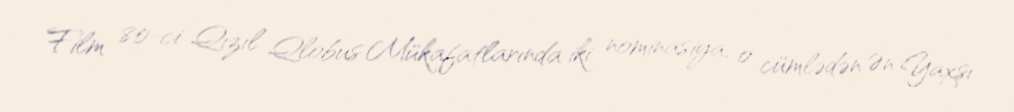
Film 80-ci Qızıl Qlobus Mükafatlarında iki nominasiya, o cümlədən Ən Yaxşı